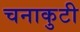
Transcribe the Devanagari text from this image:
चनाकुटी